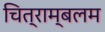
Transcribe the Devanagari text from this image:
चित्राम्बलम